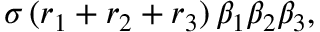
\sigma \, ( r _ { 1 } + r _ { 2 } + r _ { 3 } ) \, { \beta } _ { 1 } { \beta } _ { 2 } { \beta } _ { 3 } ,